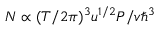
N \propto ( T / 2 \pi ) ^ { 3 } u ^ { 1 / 2 } P / v \hbar ^ { 3 }